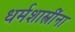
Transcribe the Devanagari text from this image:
धर्मशास्त्रींना